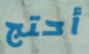
أحتج